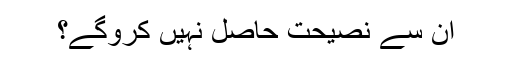
ان سے نصیحت حاصل نہیں کروگے؟